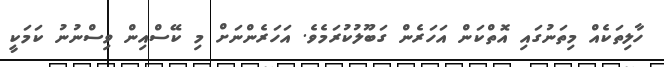
ހާލިތަކެއް މިތަނުގައި އޮތްކަން އަހަރެން ގަބޫލުކުރަމެވެ. އަހަރެންނަށް މި ކޭސްއިން ވިސްނުނު ކަމަކީ